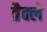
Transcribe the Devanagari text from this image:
ब्रैक्ले